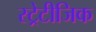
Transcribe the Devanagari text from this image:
स्ट्रेटीजिक